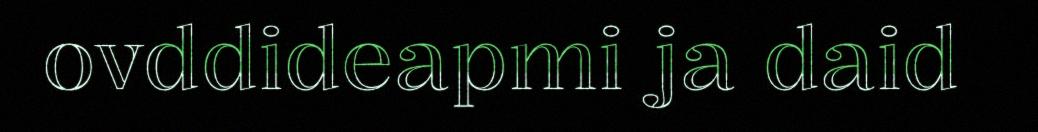
ovddideapmi ja daid